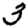
Digit: 3